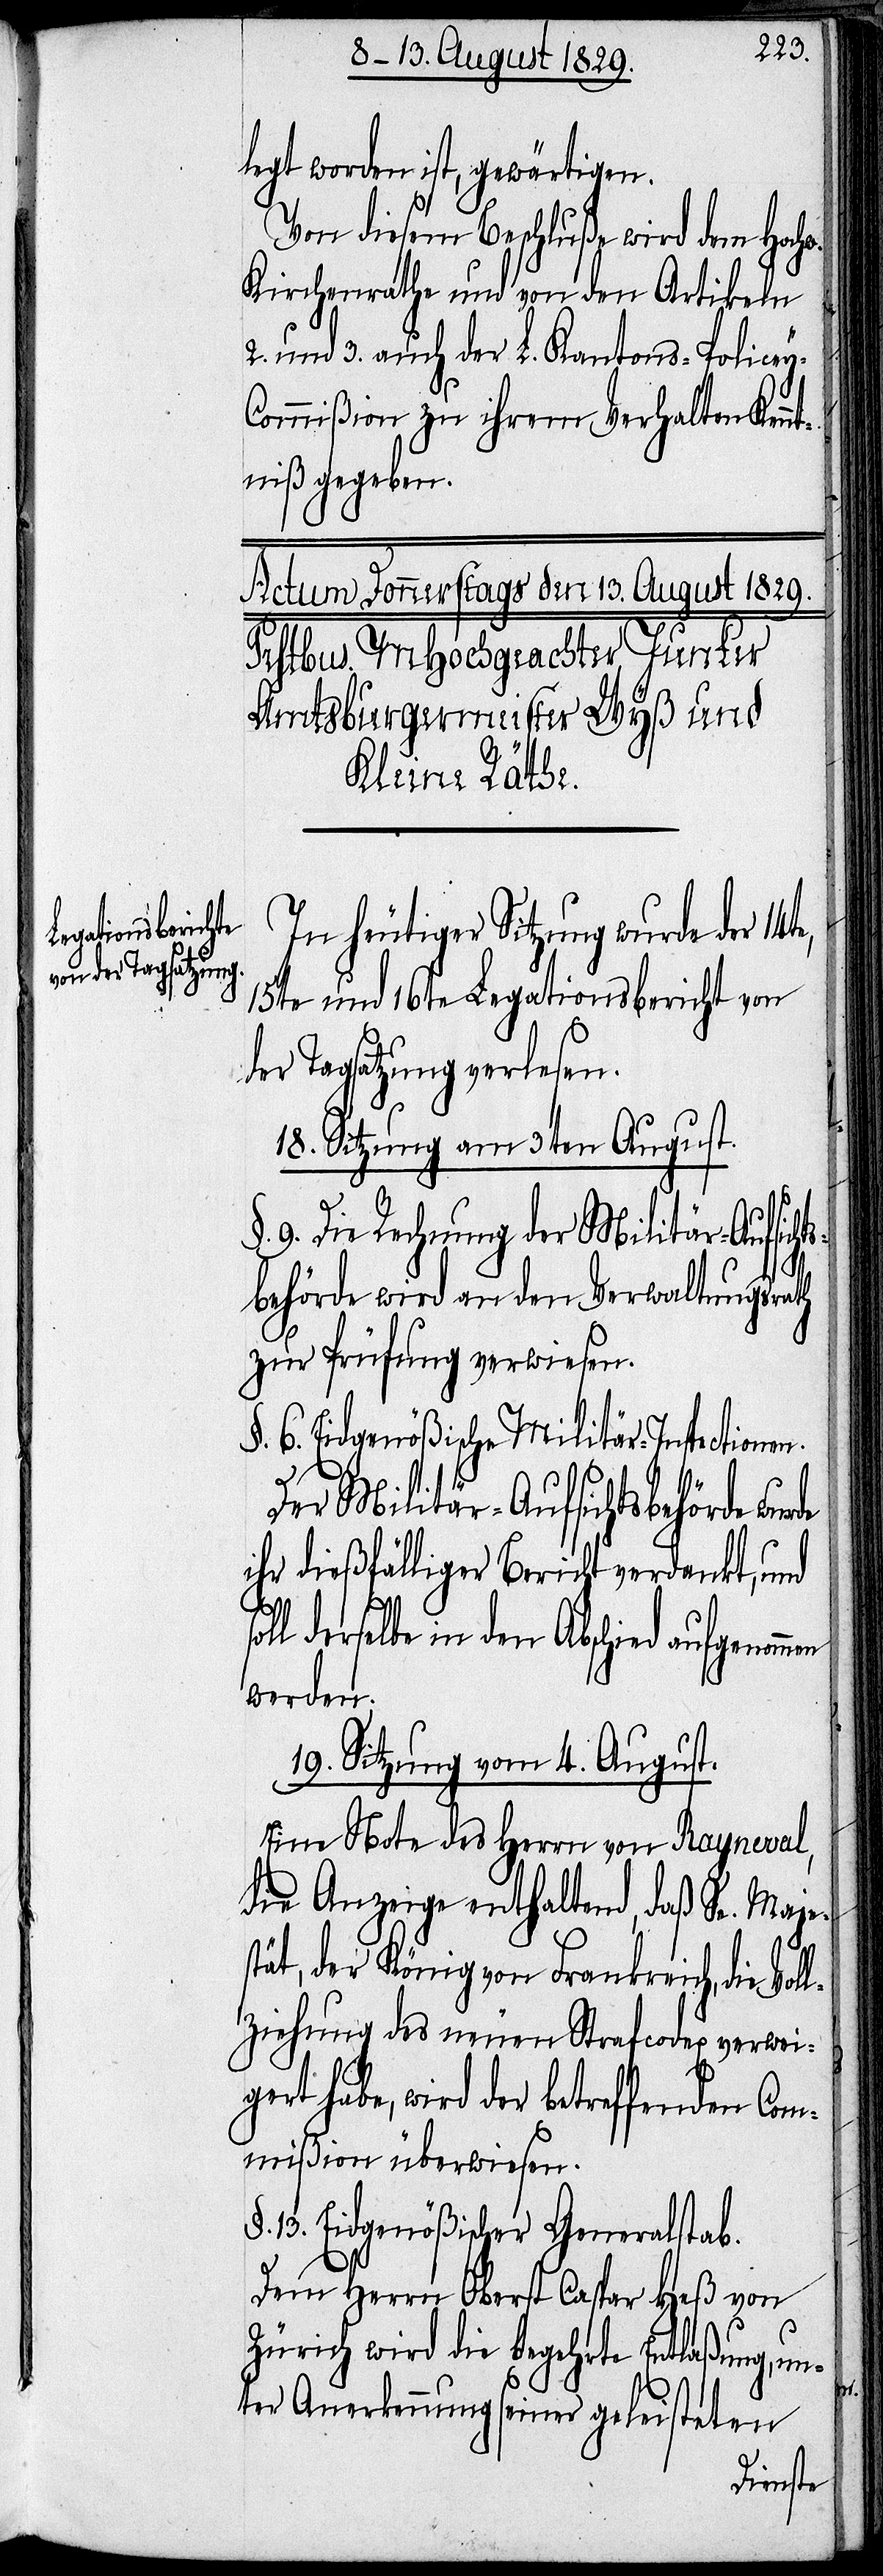
legt worden ist, gewärtigen.
Von diesem Beschluße wird dem Hochw.
Kirchenrate und von den Artikeln
2. und 3. auch der L. Kantons-Policey-C¬
ommißion zu ihrem Verhalten Ken¬
ntniß gegeben.
In heutiger Sitzung wurde der 14t¬
15te und 16te Legationsbericht von
der Tagsatzung verlesen.
18. Sitzung am 3ten August.
§. 9. Die Rechnung der Militär-Aufsicht¬
men
sbehörde wird an den Verwaltungsrath
zur Prüfung verwiesen.
§. 6. Eidgenößische Militär-Inspectionen.
Der Militär-Aufsichtsbehörde wu¬
ihr dießfälliger Bericht verdankt, und
derselbe in den Abschied aufgenom¬
werden.
19. Sitzung vom 4. August.
Eine Note des Herrn von Rayneval,
die Anzeige enthaltend, daß Sn. Maje¬
stät, der König von Frankreich, die Vol¬
lziehung des neuen Strafcodex verwei¬
gert habe, wird der betreffenden Com¬
mißion überwiesen.
13. Eidgenößischer Generalstab.
Dem Herrn Oberst Caspar Heß von
Zürich wird die begehrte Entlaßung, un¬
ter Anerkennung seiner geleisteten